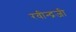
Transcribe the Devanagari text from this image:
रवीन्द्रजी